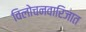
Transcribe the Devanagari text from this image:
विलोचनवारिजात